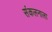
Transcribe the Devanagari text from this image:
संकलनाला